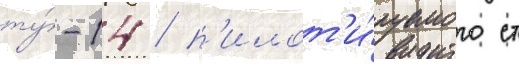
ту́-14 / п'илот'и́руемого ст